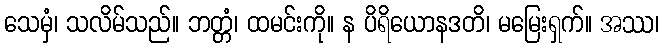
သေမှံ၊ သလိမ်သည်။ ဘတ္တံ၊ ထမင်းကို။ န ပိရိယောနဒတိ၊ မမြေးရှက်။ အဿ၊